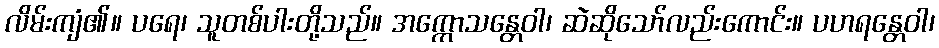
လိမ်းကျံ၏။ ပရေ၊ သူတစ်ပါးတို့သည်။ အက္ကောသန္တေဝါ၊ ဆဲဆိုသော်လည်းကောင်း။ ပဟရန္တေဝါ၊